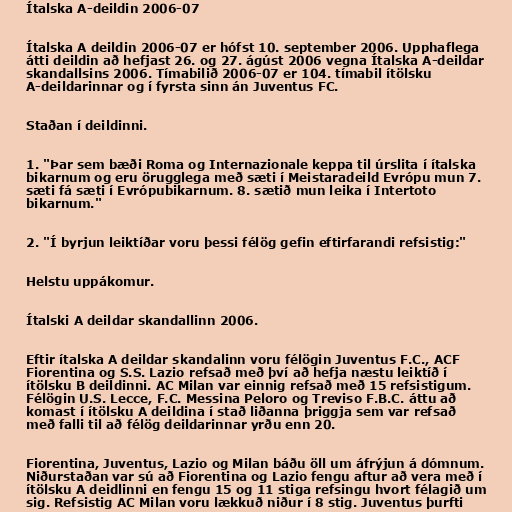
Ítalska A-deildin 2006-07

Ítalska A deildin 2006-07 er hófst 10. september 2006. Upphaflega
átti deildin að hefjast 26. og 27. ágúst 2006 vegna Ítalska A-deildar
skandallsins 2006. Tímabilið 2006-07 er 104. tímabil ítölsku
A-deildarinnar og í fyrsta sinn án Juventus FC.

Staðan í deildinni.

1. "Þar sem bæði Roma og Internazionale keppa til úrslita í ítalska
bikarnum og eru örugglega með sæti í Meistaradeild Evrópu mun 7.
sæti fá sæti í Evrópubikarnum. 8. sætið mun leika í Intertoto
bikarnum."

2. "Í byrjun leiktíðar voru þessi félög gefin eftirfarandi refsistig:"

Helstu uppákomur.

Ítalski A deildar skandallinn 2006.

Eftir ítalska A deildar skandalinn voru félögin Juventus F.C., ACF
Fiorentina og S.S. Lazio refsað með því að hefja næstu leiktíð í
ítölsku B deildinni. AC Milan var einnig refsað með 15 refsistigum.
Félögin U.S. Lecce, F.C. Messina Peloro og Treviso F.B.C. áttu að
komast í ítölsku A deildina í stað liðanna þriggja sem var refsað
með falli til að félög deildarinnar yrðu enn 20.

Fiorentina, Juventus, Lazio og Milan báðu öll um áfrýjun á dómnum.
Niðurstaðan var sú að Fiorentina og Lazio fengu aftur að vera með í
ítölsku A deidlinni en fengu 15 og 11 stiga refsingu hvort félagið um
sig. Refsistig AC Milan voru lækkuð niður í 8 stig. Juventus þurfti